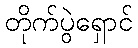
တိုက်ပွဲရှောင်